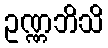
ဥဏ္ဏဘိသိ